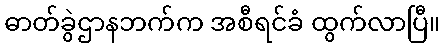
ဓာတ်ခွဲဌာနဘက်က အစီရင်ခံ ထွက်လာပြီ။